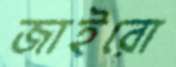
জাইরো